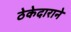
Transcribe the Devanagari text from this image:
ठेकेदाराने